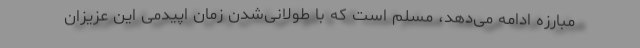
مبارزه ادامه می‌دهد، مسلم است که با طولانی‌شدن زمان اپیدمی این عزیزان